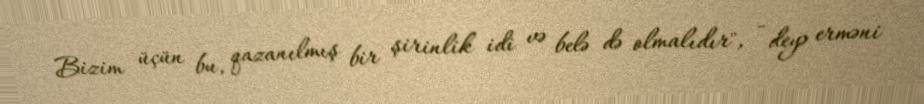
Bizim üçün bu, qazanılmış bir şirinlik idi və belə də olmalıdır", - deyə erməni